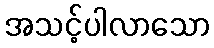
အသင့်ပါလာသော